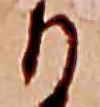
り